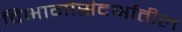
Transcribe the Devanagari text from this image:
विभागांसंदर्भातील